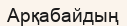
Арқабайдың